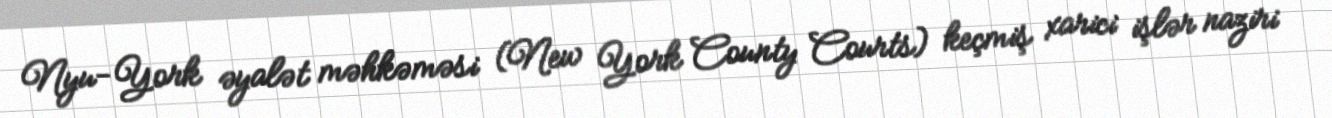
Nyu-York əyalət məhkəməsi (New York County Courts) keçmiş xarici işlər naziri